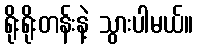
ရိုးရိုးတန်းနဲ့ သွားပါမယ်။